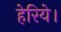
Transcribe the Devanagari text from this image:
हेरिये।